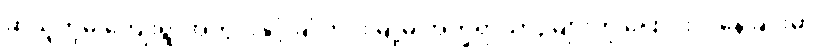
ဆိုသူတို့မှ ကျေးရွာအတွင်းနှင့် ချုံကင်းမြို့မှ အက္ခရာယာဉ်များကို ပြောင်းလဲနေခြင်းမှာ